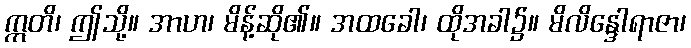
ဣတိ၊ ဤသို့။ အာဟ၊ မိန့်ဆို၏။ အထခေါ၊ ထိုအခါ၌။ မိလိန္ဒေါရာဇာ၊